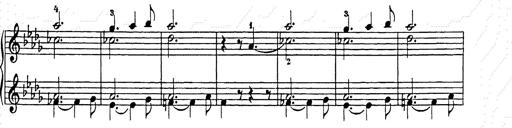
Title: Weihnachtsbaum
Composer: Franz Liszt